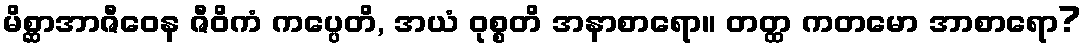
မိစ္ဆာအာဇီဝေန ဇီဝိကံ ကပ္ပေတိ, အယံ ဝုစ္စတိ အနာစာရော။ တတ္ထ ကတမော အာစာရော?